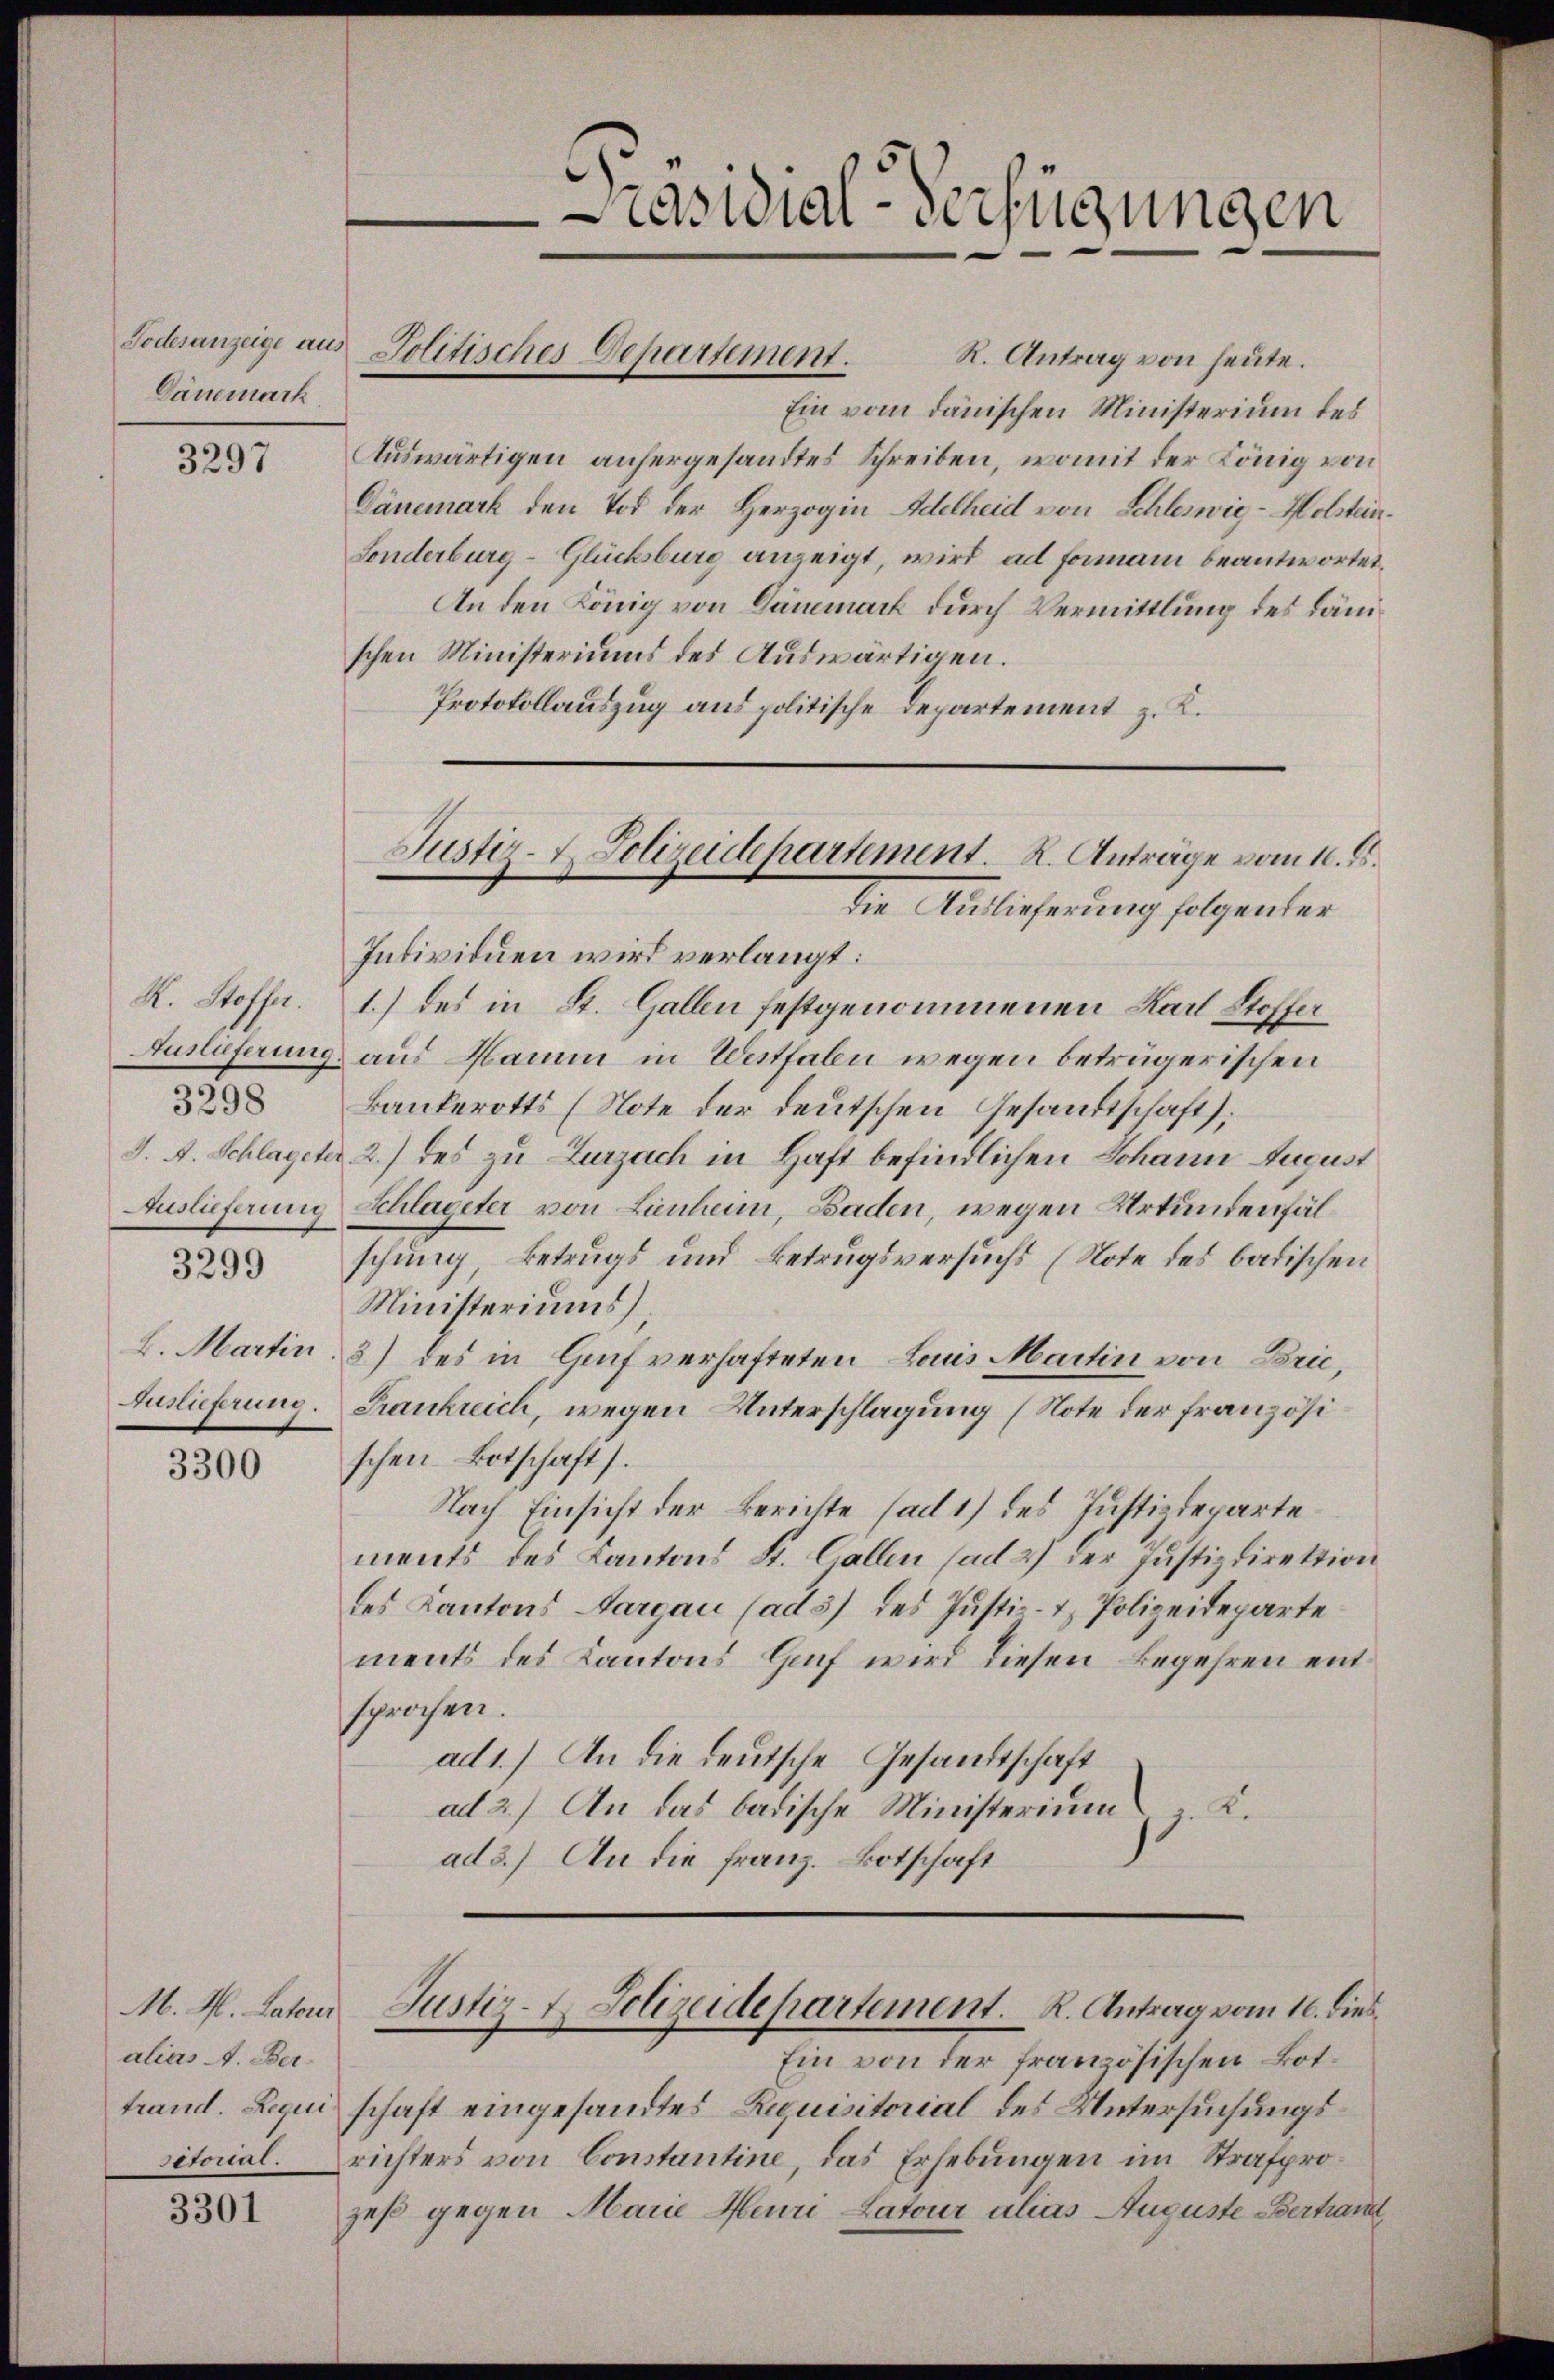
Todesanzeige aus
Dänemark,

3297

R. Stoffer.
Auslieferung
3298
J. A. Schlagete
Auslieferung
3299
L. Martin
Auslieferung.

3300

alias A. Ber¬

3301

Ein vom dänischen Ministerium des
Auswärtigen anhergesandtes Schreiben, womit der König von
Dänemark den Tod der Herzogin Adelheid von Schleswig-Holstein¬
Sonderburg-Glücksburg anzeigt, wird ad formann beantwortet.
An den König von Dänemark durch Vermittlung des Lämschen Ministeriums des Auswärtigen.
Protokollauszug aus politische Departement z. K.
Individuen wird verlangt:
1.) des in St. Gallen festgenommenen Karl Stoffer
aus Namm in Westfale wegen beträgerischen
Bankerotts (Note der deutschen Gesandtschaft).
2.) des zu Zurzach in Haft befindlichen Johann August
Schlageter von Lienheim Baden, wegen Urkundenfälschung, Betrugs und Betrugsversuchs (Note des badischen
Ministeriums)
3) des in Genf verhafteten Louis Martin von Brić,
Frankreich, wegen Unterschlagung (Note der französischen Botschaft).
Nach Einsicht der Berichte (ad 1) des Justizdepartements des Cantons St. Gallen (ad 27 der Justizdirektion
des Kantons Aargau (ad 37 des Justiz- & Polizeideparte
ments des Kantons Gaf wird diesen Begehren entsprochen.
ad 1.) An die deutsche Gesandtschaft
ad 2.) An das badische Ministerium  K.
ad 3.) An die Franz. Botschaft

räsidial-Verfügungen

Jolitisches Departement. R. Antrag von heŭte.

Justiz- & Polizeidepartement. K. Anträge vom 10. ds.
die Auslieferung folgenter

Ein von der französischen Bottrand. Liqui schaft eingesandtes Requisitorial des Untersuchungssitorial. richters von Constantine, das Erhebungen im Strafprozeß gegen Marie Heuri Latour alias Auguste Vertraut

M. A. Later Justiz- & Polizeidepartement. R. Antrag vom 16. dies